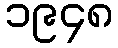
၁၉၄၈